Parnu_kinnistusamet, lk 45
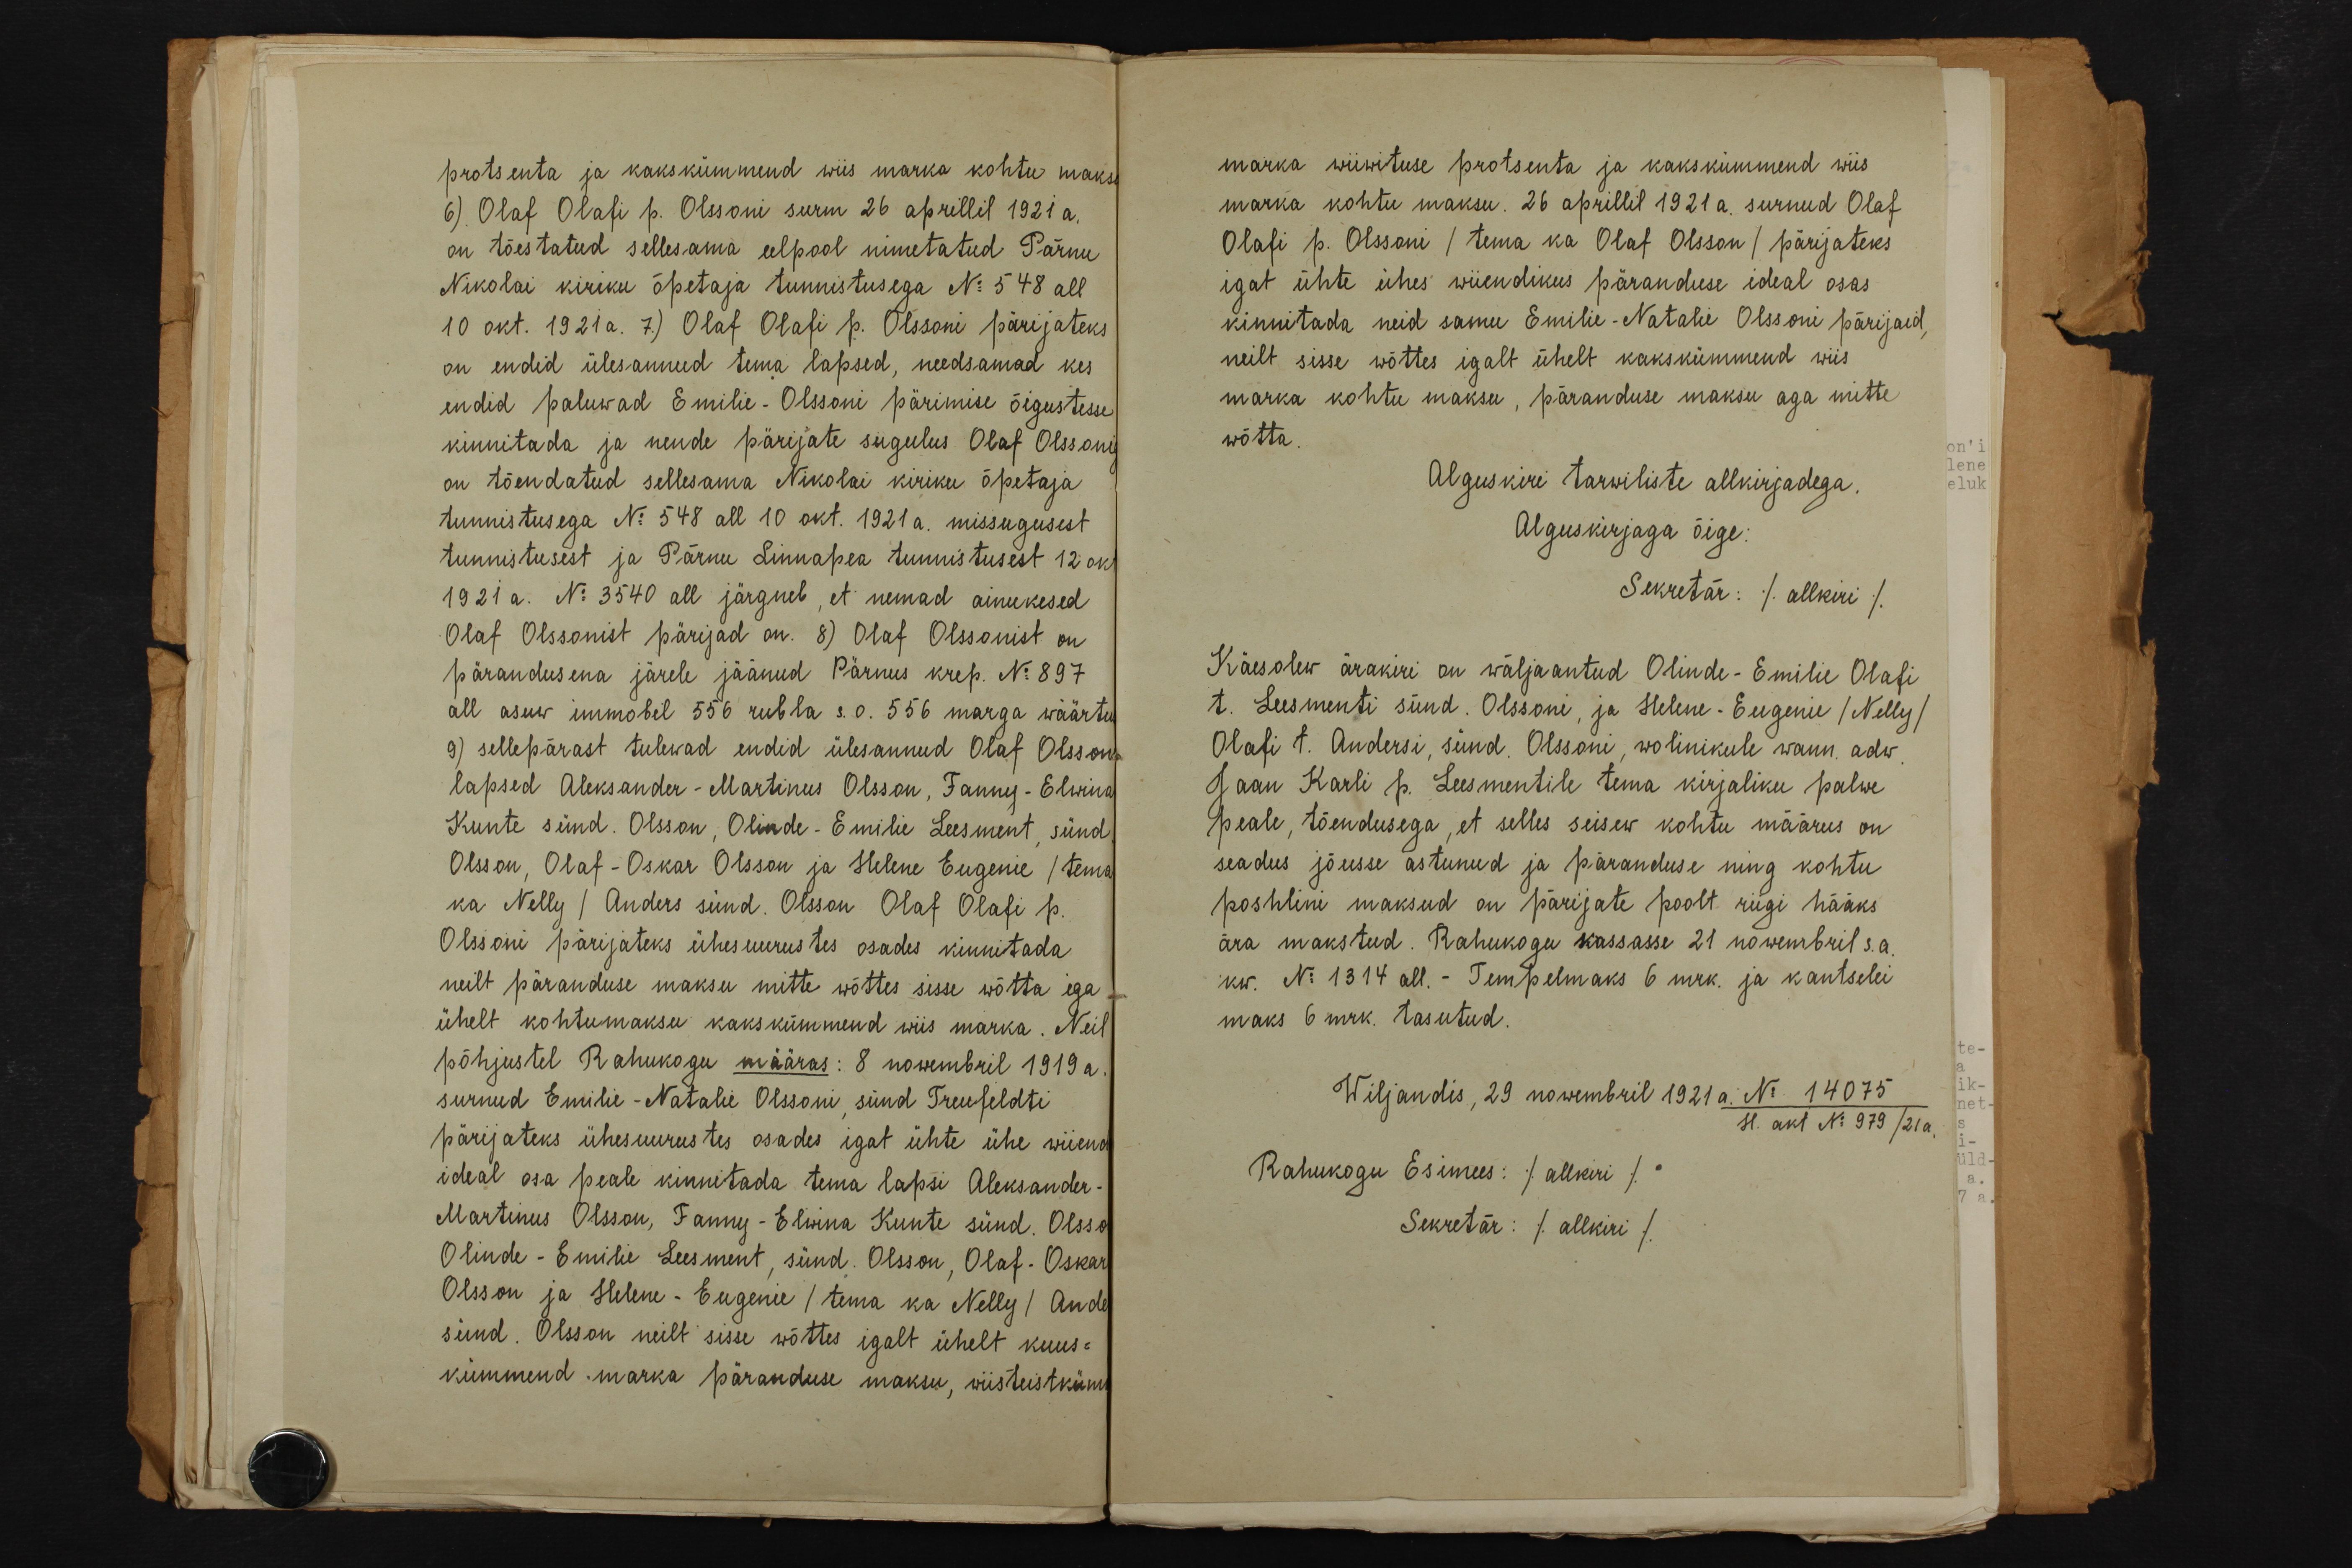
protsenta ja kakskümmend wiis marka kohtu maksu
6) Olaf Olafi p. Olssoni surm 26 aprillil 1921 a.
on tõestatud sellesama eelpool nimetatud Pärnu
Nikolai kiriku õpetaja tunnistusega No 548 all
10 okt. 1921 a. 7.) Olaf Olafi p. Olssoni pärijateks
on endid ülesannud tema lapsed, needsamad kes
endid paluwad Emilie-Olssoni pärimise õigustesse
kinnitada ja nende pärijate sugulus Olaf Olssonig
on tõendatud sellesama Nikolai kiriku õpetaja
tunnistusega No 548 all 10 okt. 1921 a. missugusest
tunnistusest ja Pärnu Linnapea tunnistusest 12 okt
1921 a. No 3540 all järgneb, et nemad ainukesed
Olaf Olssonist pärijad on. 8) Olaf Olssonist on
pärandusena järele jäänud Pärnus krep. No 897
all asuw immobil 556 rubla s.o. 556 marga wäärtu
9) sellepärast tulewad endid ülesannud Olaf Olsson
lapsed Aleksander-Martinus Olsson, Fanny-Elwina
Kunte sünd. Olsson, Olinde-Emilie Leesment sünd.
Olsson, Olaf-Oskar Olsson ja Helene Eugenie /tema
ka Nelly/ Anders sünd. Olsson Olat Olafi p.
Olssoni pärijateks ühesuurustes osades kinnitada,
neilt päranduse maksu mitte wõttes sisse wõtta iga
ühelt kohtumaksu kakskümmend wiis marka. Neil
põhjustel Rahukogu määras: 8 nowembril 1919 a.
surnud Emilie-Natalie Olssoni, sünd Treufeldti
pärijateks ühesuurustes osades igat ühte ühe wiiend
ideal osa peale kinnitada tema lapsi Aleksander-
Martinus Olsson, Fanny-Elwine Kunte sünd. Olsso
Olinde-Emilie Leesment, sünd. Olsson, Olaf-Oskar
Olsson ja Helene-Eugenie /tema ka Nelly/ Ande
sünd. Olsson neilt sisse wõttes igalt ühelt kuus-
kümmend marka päranduse maksu, wiisteistküm-

marka wiiwituse protsenta ja kakskümmend wiis
marka kohtu maksu. 26 aprillil 1921 a. surnud Olaf
Olafi p. Olssoni /tema ka Olaf Olsson/ pärijateks
igat ühte ühes wiiendikus päranduse ideal osas-
kinnitada neid samu Emilie-Natalie Olssoni pärijaid,
neilt sisse wõttes igalt ühelt kakskümmend wiis
marka kohtu maksu, päranduse maksu aga mitte
wõtta.
Alguskiri tarwiliste allkirjadega.
Alguskirjaga õige:
Sekretär : /allkiri/
Käesolew ärakiri on wäljaantud Olinde-Emilie Olafi
t. Leesmenti sünd. Olssoni, ja Helene-Eugenie (Nelly)
Olafi t. Andersi, sünd. Olssoni, wolinikule wann. adw,
Jaan Karli p. Leesmentile tema kirjaliku palwe
peale, tõendusega, et selles seisew kohtu määrus on
seadus jõusse astunud ja päranduse ning kohtu
poshilini maksud on pärijate poolt riigi hääks
ära makstud. Rahukogu kassasse 21 nowembril s.a.
kw. No 1314 all. – Tempelmaks 6 mrk. ja kantselei
maks 6 mrk. tasutud.
Wiljandis, 29 nowembril 1921 a. No 14075
H. akt No 979 /21a.
Rahukogu Esimees: /allkiri/
Sekretär: /allkiri/